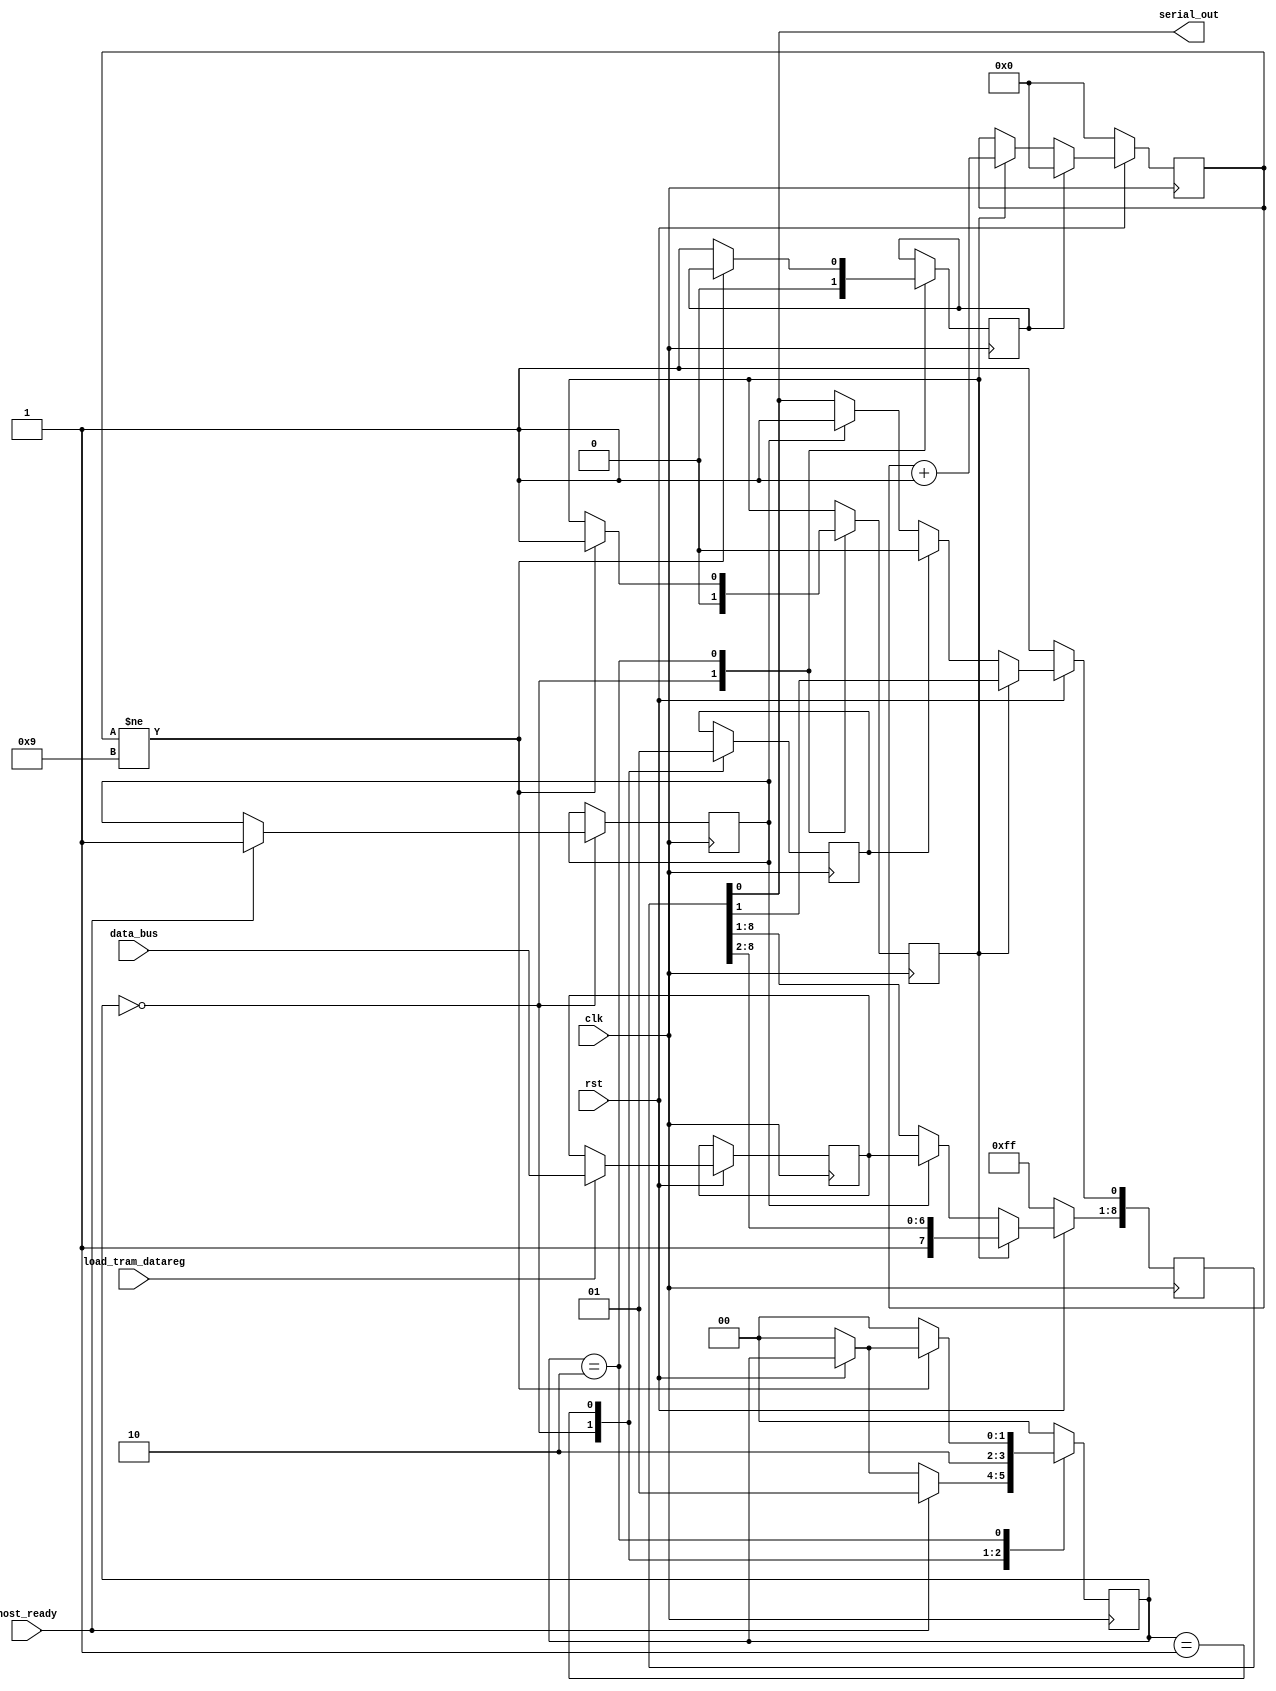

module uart_txd(clk,rst,data_bus,host_ready,load_tram_datareg,serial_out);
input clk;                                          //
input rst;                                          //
input[7:0] data_bus;                                //8bit
input host_ready;                                   //
input load_tram_datareg;                            //
output serial_out;                                  //UART


reg[7:0] tram_datareg;                              //UART
reg[8:0] tram_shiftreg;                             //UART
reg load_tram_shiftreg;                             //
reg[1:0] state;
reg[1:0] next_state;
reg[3:0] count;
reg clear;                                          //count
reg shift;                                          //
reg start;                                          //

//
parameter[1:0] idle=2'b00;
parameter[1:0] waiting=2'b01;
parameter[1:0] sending=2'b10;

assign serial_out=tram_shiftreg[0];                 //

always@(posedge clk)
begin
  if(!rst)
    next_state<=idle;
  
  state=next_state;
  case(state)
  idle:begin                                        //
       clear=0;
       shift=0;
       start=0;
       if(host_ready)
       begin
         load_tram_shiftreg<=1;
         next_state<=waiting;
       end
       end
  waiting:begin                                     //
          start<=1;
          next_state<=sending;
          end
  sending:begin                                     //
          if(count!=9) 
            shift<=1;
          else
          begin
            clear<=1;
            next_state<=idle;
          end
          end
  default:next_state<=idle;
  endcase
end

always@(posedge clk)
begin
  if(!rst)
  begin
    tram_shiftreg<=9'b1_1111_1111;                       //
    count<=0;
  end
  else
  begin
    if(load_tram_datareg)
      tram_datareg<=data_bus;                            //
    if(load_tram_shiftreg)
      tram_shiftreg<={tram_datareg,1'b1};
    if(start)
      tram_shiftreg[0]<=0;                               //0
    if(clear)
      count<=0;                                          //
    else if(shift)
      count<=count+1;
    if(shift)
      tram_shiftreg<={1'b1,tram_shiftreg[8:1]};
  end
end
endmodule